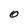
Character: 0